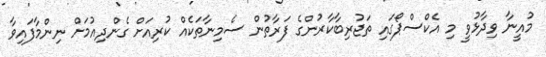
މުއީނާ ވިދާޅުވީ މި އެކްސްޕޯގައި ތަޖުރިބާކާރުންގެ ފަރާތުން ސެމިނާތަކެއް ކުރިއަށް ގެންދިއުމަށް ނިންމާފައިވާ